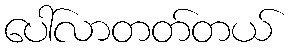
ပေါ်လာတတ်တယ်